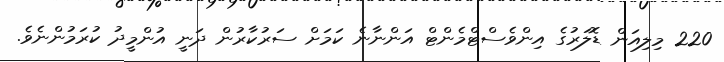
220 މިލިއަން ޑޮލަރުގެ އިންވެސްޓްމެންޓް އަންނާނެ ކަމަށް ސަރުކާރުން ދަނީ އުންމީދު ކުރަމުންނެވެ.